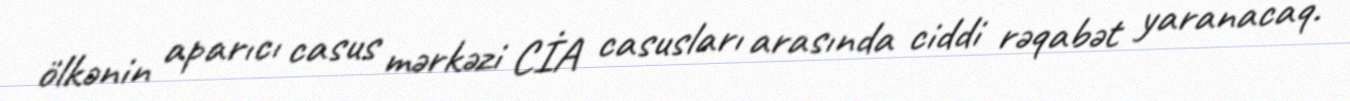
ölkənin aparıcı casus mərkəzi CİA casusları arasında ciddi rəqabət yaranacaq.